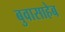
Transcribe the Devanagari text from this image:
बुवासाहेब